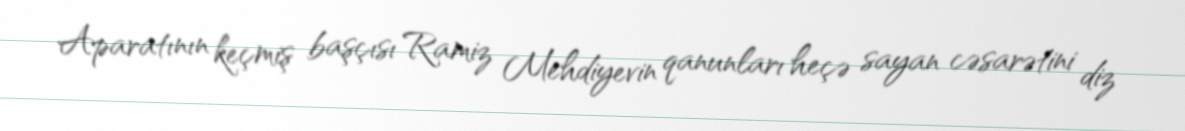
Aparatının keçmiş başçısı Ramiz Mehdiyevin qanunları heçə sayan cəsarətini diz